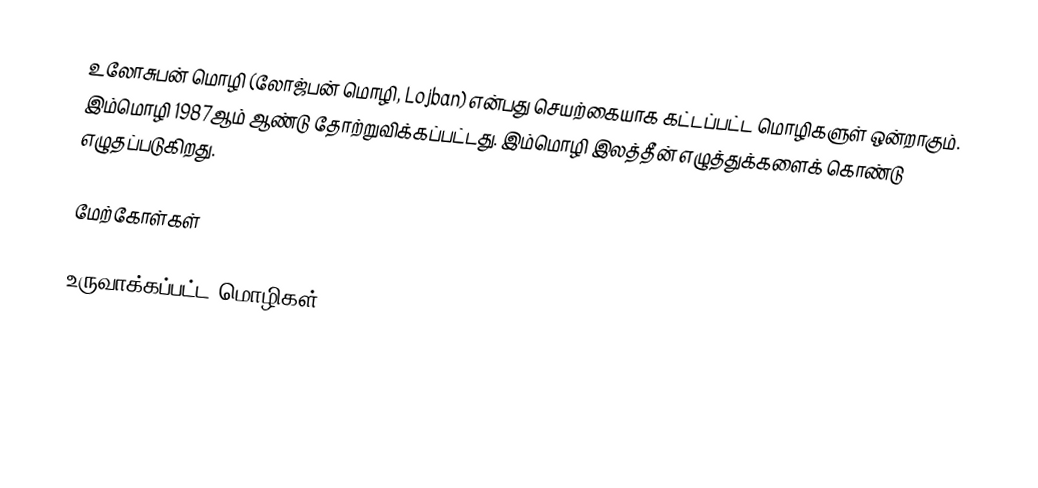
உலோசுபன் மொழி (லோஜ்பன் மொழி, Lojban) என்பது செயற்கையாக கட்டப்பட்ட மொழிகளுள் ஒன்றாகும். இம்மொழி 1987ஆம் ஆண்டு தோற்றுவிக்கப்பட்டது. இம்மொழி இலத்தீன் எழுத்துக்களைக் கொண்டு எழுதப்படுகிறது.

மேற்கோள்கள்

உருவாக்கப்பட்ட மொழிகள்